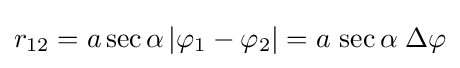
r_{12}=a\sec \alpha \,|\varphi _{1}-\varphi _{2}|=a\,\sec \alpha \;\Delta \varphi